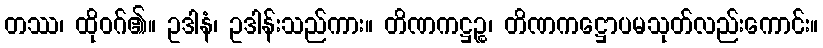
တဿ၊ ထိုဝဂ်၏။ ဥဒါနံ၊ ဥဒါန်းသည်ကား။ တိဏကဋ္ဌဉ္စ၊ တိဏကဋ္ဌောပမသုတ်လည်းကောင်း။